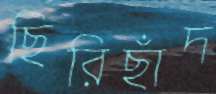
ছিরিছাঁদ